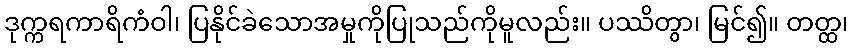
ဒုက္ကရကာရိကံဝါ၊ ပြနိုင်ခဲသောအမှုကိုပြုသည်ကိုမူလည်း။ ပဿိတွာ၊ မြင်၍။ တတ္ထ၊